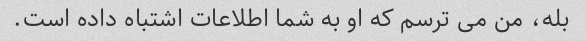
بله، من می ترسم که او به شما اطلاعات اشتباه داده است.